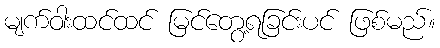
မျက်ဝါးထင်ထင် မြင်တွေ့ရခြင်းပင် ဖြစ်မည်။